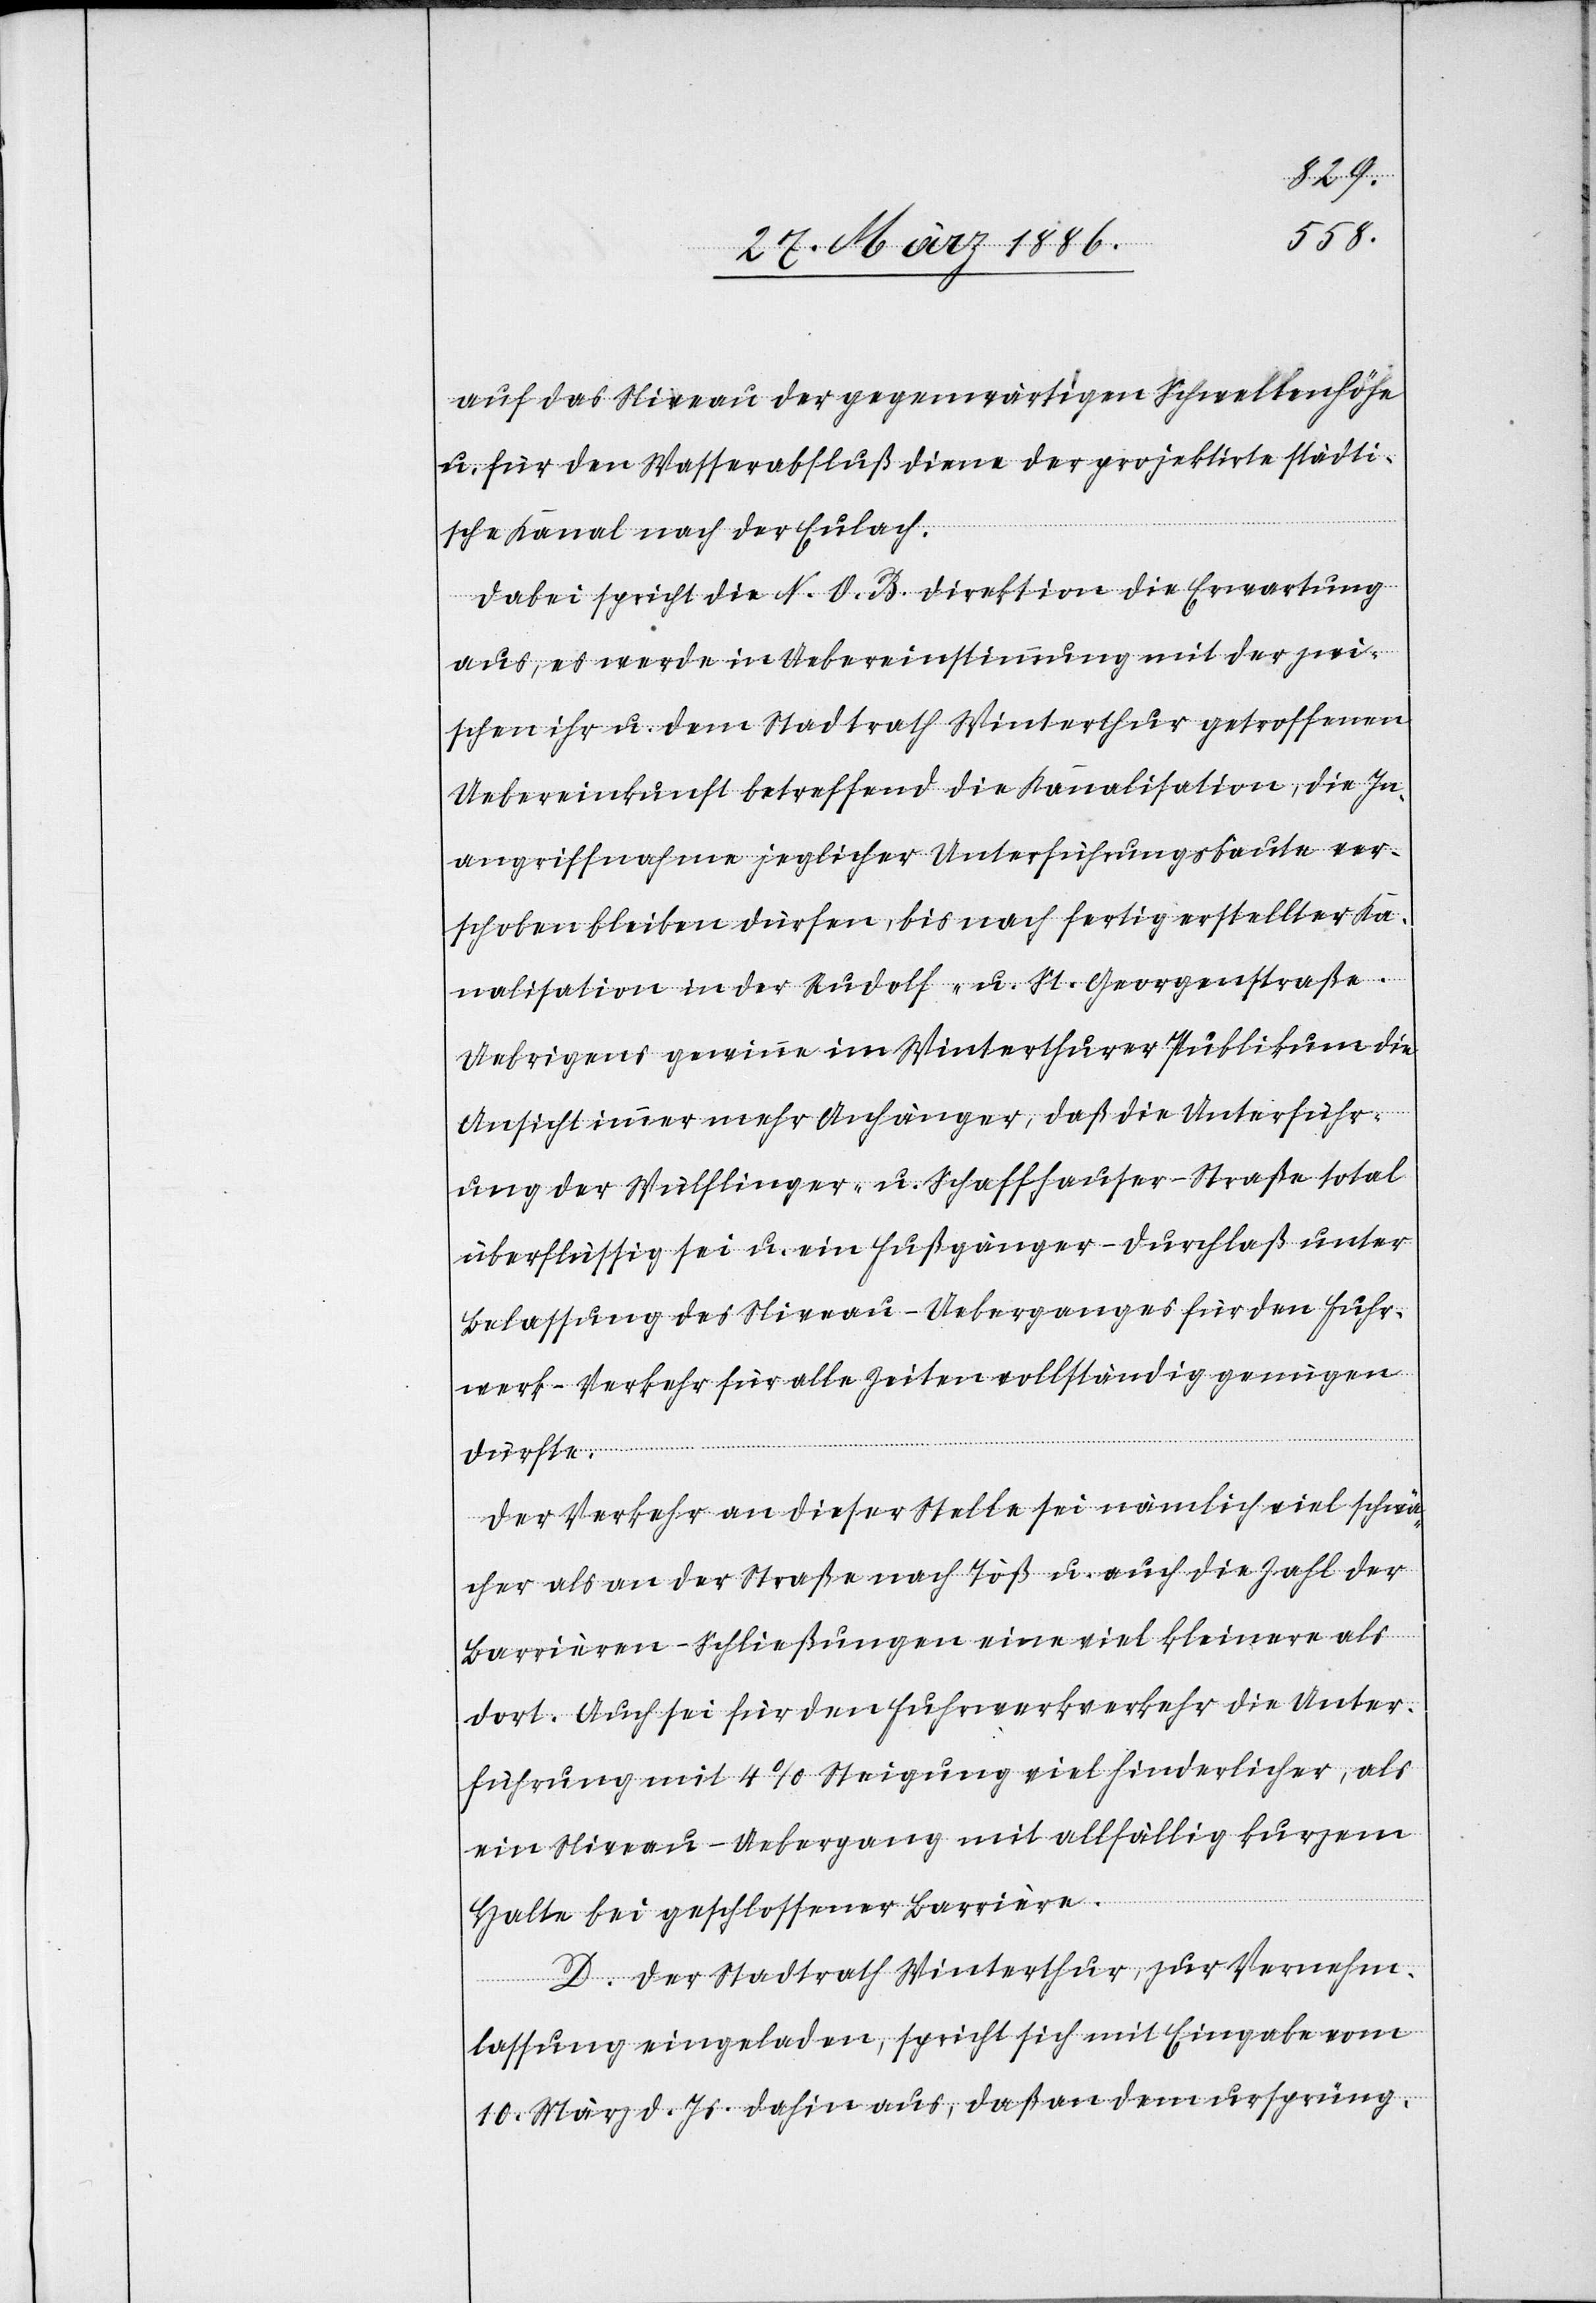
auf das Niveau der gegenwärtigen Schwellenhöhe
u. für den Wasserabfluß diene der projektirte städti¬
sche Kanal nach der Eulach.
Dabei spricht die N. O. B. Direktion die Erwartung
aus, es werde in Uebereinstimmung mit der zwi¬
schen ihr u. dem Stadtrath Winterthur getroffenen
Uebereinkunft betreffend die Kanalisation, die In¬
angriffnahme jeglicher Unterführungsbauten ver¬
schoben bleiben dürfen, bis nach fertig erstellter Ka¬
nalisation in der Rudolf- u. St. Georgstraße.
Uebrigens gewinne im Winterthurer Publikum die
Ansicht immer mehr Anhänger, daß die Unterführ¬
ung der Wülflinger- u. Schaffhauser-Straße total
überflüssig sei u. ein Fußgänger-Durchlaß unter
Belassung des Niveau-Ueberganges für den Fuhr¬
werk-Verkehr für alle Zeiten vollständig genügen
dürfte.
Der Verkehr an dieser Stelle sei nämlich viel schwä¬
cher als an der Straße nach Töß u. auch die Zahl der
Barrière-Schließungen eine viel kleiner als
dort. Auch sei für den Fuhrwerksverkehr die Unter¬
führung mit 4% Steigung viel hinderlicher, als
ein Niveau-Uebergang mit allfällig kurzem
Halten bei geschlossener Barrière.
D. Der Stadtrath Winterthur, zur Vernehm¬
lassung eingeladen, spricht sich mit Eingabe vom
19. März d. Js. dahin aus, daß an dem ursprüng-